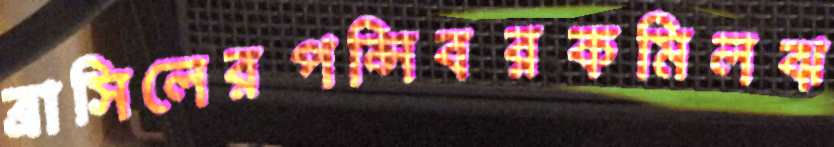
ব্রাসিলেরপন্সিবরকমিলঝ